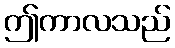
ဤကာလသည်